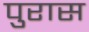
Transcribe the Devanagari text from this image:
पुरास